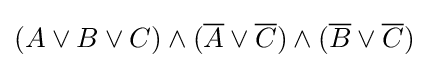
(A\vee B\vee C)\wedge ({\overline {A}}\vee {\overline {C}})\wedge ({\overline {B}}\vee {\overline {C}})